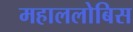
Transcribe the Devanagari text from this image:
महाललोबिस